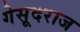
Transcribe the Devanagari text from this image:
गेसूदराज